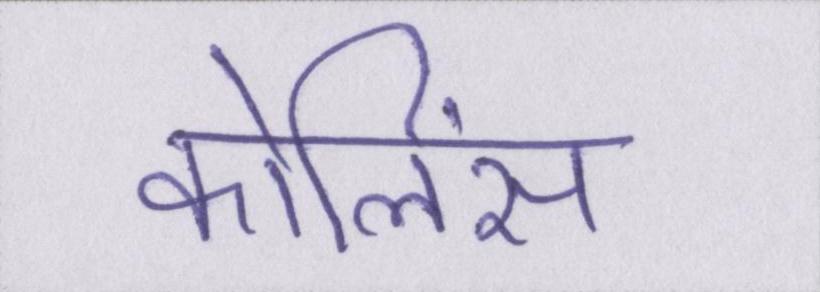
कोलिंस